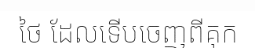
ថៃ ដែលទើបចេញពីគុក